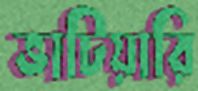
ভাটিয়ারি